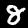
Label: 8